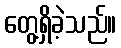
တွေ့ရှိခဲ့သည်။